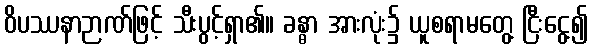
ဝိပဿနာဉာဏ်ဖြင့် သီးပွင့်ရှာ၏။ ခန္ဓာ အားလုံး၌ ယူစရာမတွေ့ ငြီးငွေ့၍